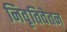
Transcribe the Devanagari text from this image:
निवृतिवेतन